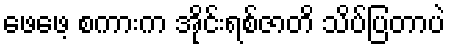
ဖေဖေ့ စကားက အိုင်းရစ်ဇာတိ သိပ်ပြတာပဲ